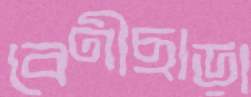
বেণীছাড়া